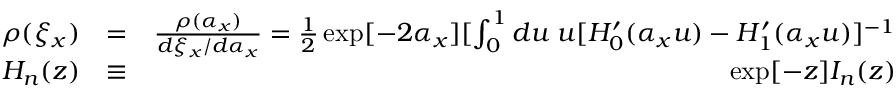
\begin{array} { r l r } { \rho ( \xi _ { x } ) } & { = } & { \frac { \rho ( \alpha _ { x } ) } { d \xi _ { x } / d \alpha _ { x } } = \frac { 1 } { 2 } \exp [ - 2 \alpha _ { x } ] [ \int _ { 0 } ^ { 1 } d u \; u [ H _ { 0 } ^ { \prime } ( \alpha _ { x } u ) - H _ { 1 } ^ { \prime } ( \alpha _ { x } u ) ] ^ { - 1 } } \\ { H _ { n } ( z ) } & { \equiv } & { \exp [ - z ] I _ { n } ( z ) } \end{array}